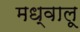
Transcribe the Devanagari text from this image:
मध्वालू